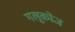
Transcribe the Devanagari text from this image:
गलूकोज